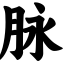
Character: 脉